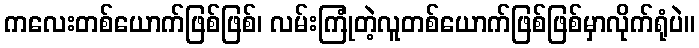
ကလေးတစ်ယောက်ဖြစ်ဖြစ်၊ လမ်းကြုံတဲ့လူတစ်ယောက်ဖြစ်ဖြစ်မှာလိုက်ရုံပဲ။